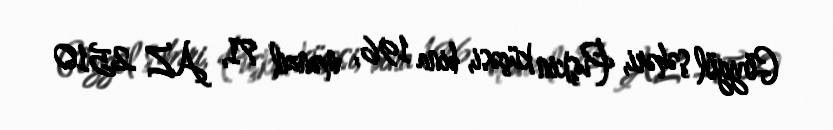
Göygöl şəhəri, Puşkin küçəsi, bina 196, mənzil 71, AZ 2510